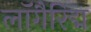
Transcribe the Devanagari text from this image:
लॉगैरिद्म